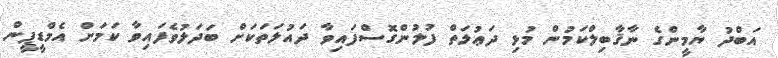
އަބްދު ޔާމީންގެ ނާޤާބިލްކަމުން މުޅި ދަޢުލަތް ފުލުންގޮސްފައިވާ ދައުލަތަކަށް ބަދަލުވެފައިވާ ކަމަށް އެމްޑީޕީން